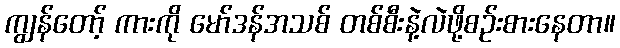
ကျွန်တော့် ကားကို မော်ဒန်အသစ် တစ်စီးနဲ့လဲဖို့စဉ်းစားနေတာ။